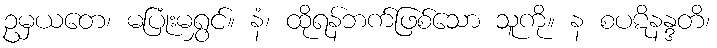
ဥမှယတေ၊ မပြုံးမရွှင်။ နံ၊ ထိုရန်ဘက်ဖြစ်သော သူကို။ န စပဋိနန္ဒတိ၊